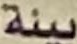
بيئة